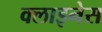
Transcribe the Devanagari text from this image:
क्लाइनेस